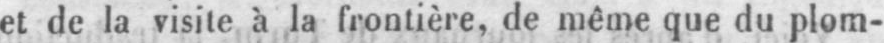
et de la visite à la frontière, de même que du plom-